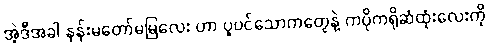
အဲ့ဒီအခါ နန်းမတော်မမြလေး ဟာ ပူပင်သောကတွေနဲ့ ကပိုကရိုဆံထုံးလေးကို